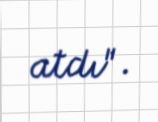
atdı".